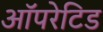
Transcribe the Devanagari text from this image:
ऑपरेटिड